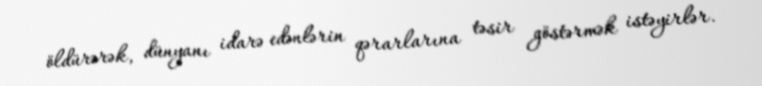
öldürərək, dünyanı idarə edənlərin qərarlarına təsir göstərmək istəyirlər.